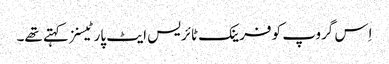
اِس گروپ کو فرینک ٹائریس ایٹ پارٹیسنز کہتے تھے۔